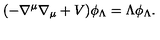
( - \nabla ^ { \mu } \nabla _ { \mu } + V ) \phi _ { \Lambda } = \Lambda \phi _ { \Lambda } .